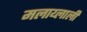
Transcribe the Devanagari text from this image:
मलाय्लाली